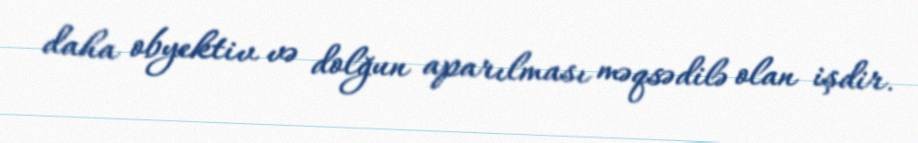
daha obyektiv və dolğun aparılması məqsədilə olan işdir.